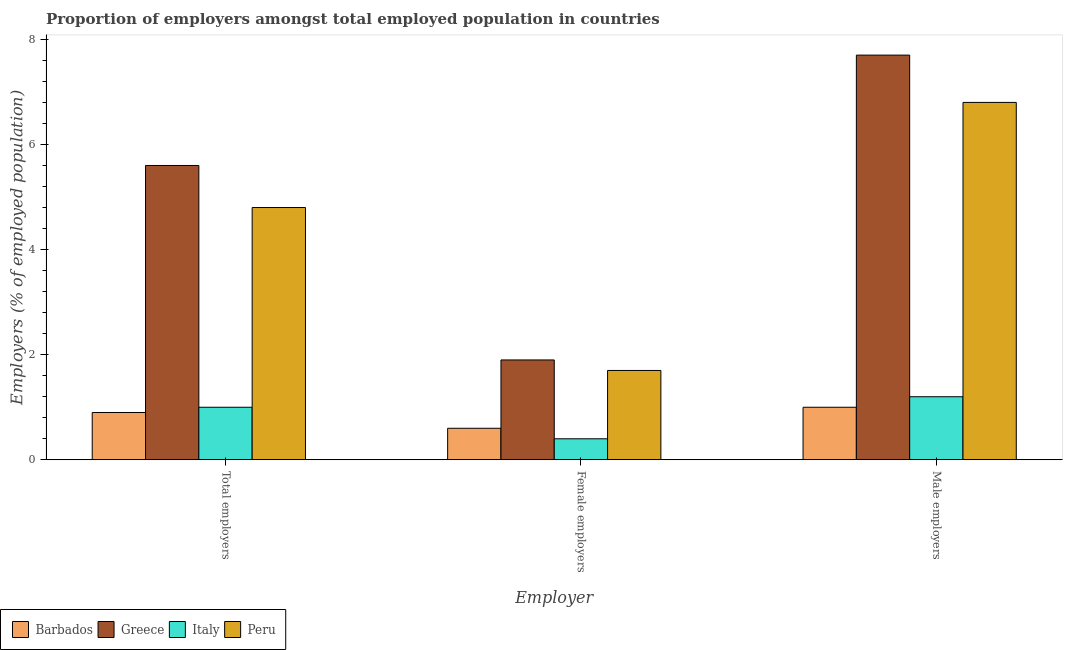
| Employer | Barbados | Greece | Italy | Peru |
 | --- | --- | --- | --- | --- |
 | Total employers | 0.9 | 5.6 | 1 | 4.8 |
 | Female employers | 0.6 | 1.9 | 0.4 | 1.7 |
 | Male employers | 1 | 7.7 | 1.2 | 6.8 |